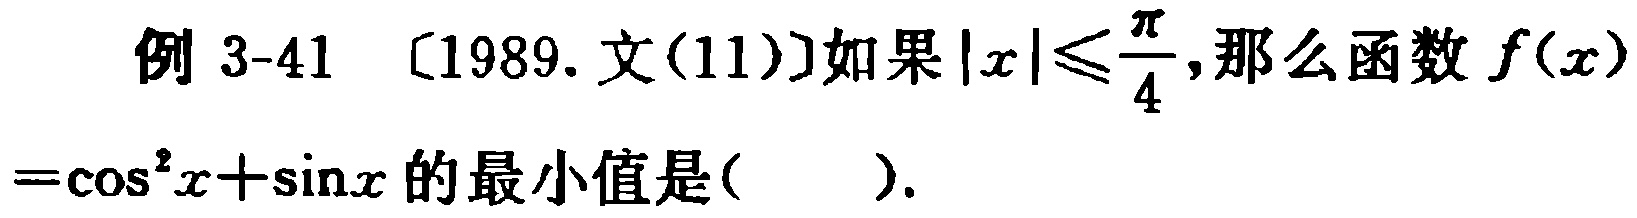
例 3-41 〔1989.文(11)〕如果\(\vert x\vert\leqslant\frac{\pi}{4}\),那么函数\(f(x)=\cos^{2}x + \sin x\)的最小值是( ).